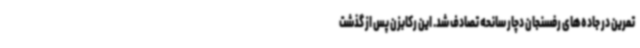
تمرین در جاده‌های رفسنجان دچار سانحه تصادف شد. این رکابزن پس از گذشت